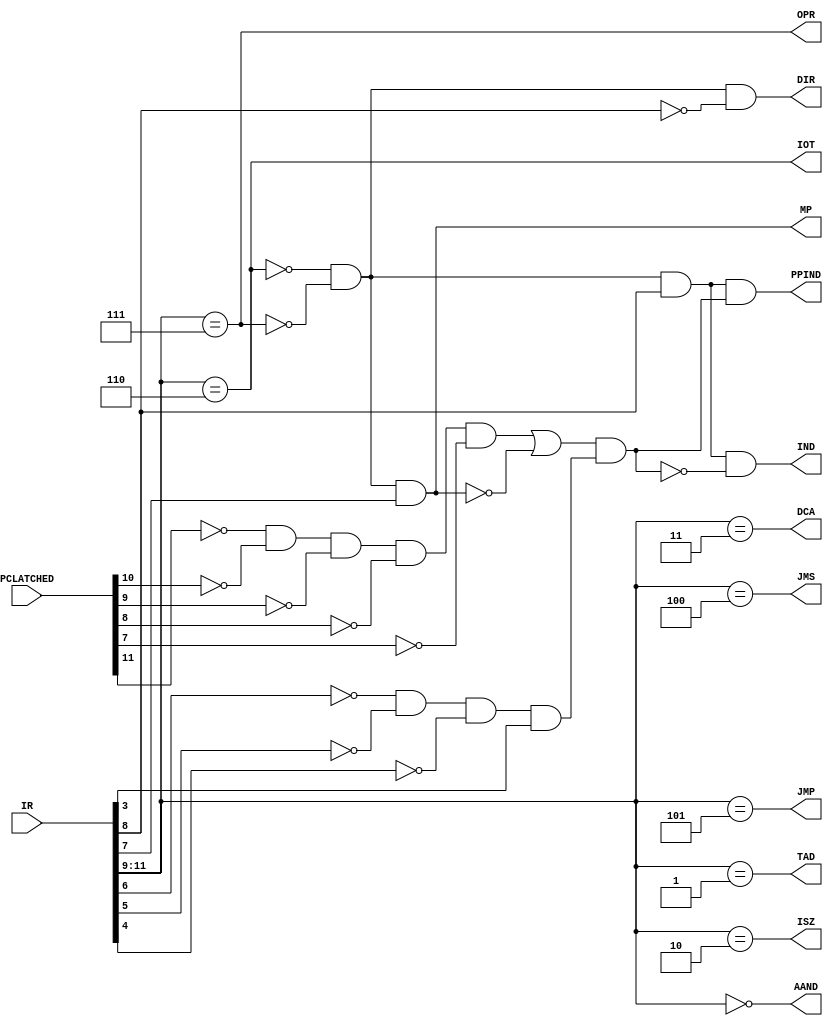
//
// IRdecode.v - for the PDP-8 in Verilog project
//
// github.com/SmallRoomLabs/PDP8-Verilog
// Mats Engstrom - mats.engstrom@gmail.com
//
// IRdecode | 2 | 0 | 0 | 12
//

`default_nettype none

module IRdecode (
  /* verilator lint_off UNUSED */
  input [11:0]PCLATCHED,
  input [11:0]IR,
  /* verilator lint_on UNUSED */
  output PPIND ,
  output IND,
  output DIR,
  output MP,
  output AAND,
  output TAD,
  output ISZ,
  output DCA,
  output JMS,
  output JMP,
  output IOT,
  output OPR
);

assign AAND  = IR[11:9]==3'd0;
assign TAD   = IR[11:9]==3'd1;
assign ISZ   = IR[11:9]==3'd2;
assign DCA   = IR[11:9]==3'd3;
assign JMS   = IR[11:9]==3'd4;
assign JMP   = IR[11:9]==3'd5;
assign IOT   = IR[11:9]==3'd6;
assign OPR   = IR[11:9]==3'd7;

//
// MSB                                                    LSB
// 11   10    9    8    7    6    5    4    3    2    1    0
// -------------  -+-  -+-  ---------------------------------
//   Operation     |    |           Seven-bit address part   
//                 |    +-- Z - Page selector
//                 +-- I - Indirect

// Page selector - If set, complete the address using the 5 high-order bits of the program counter (PC) register, 
//                 meaning that the addressed location was within the same 128 words as the instruction. If clear, 
//                 zeroes are used, so the addressed location is within the first 128 words of memory.
// Indirect      - If set, the address obtained as described so far points to a 12-bit value in memory that gives 
//                 the actual effective address for the instruction; this allows operands to be anywhere in memory 
//                 at the expense of an additional word. 
//
//
//
// Operations
//------------
// 000 - AND M
//   The contents of memory location M are logically anded with AC, bit by bit. There is no effect on the link bit. 
//   All other logical operations must be accomplished with macros.
//
// 001 - TAD M
//   The contents of memory location M are added to AC. A carry out of the high bit of AC will complement the link 
//   bit. Most other arithmetic operations must be accomplished with macros.
//
// 010 - ISZ M
//   The contents of memory location M are incremented and placed back in memory. If the result stored in memory 
//   is zero, the program counter is incremented; as a result that the next instruction will be skipped if the 
//   result is zero. AC and LINK are not modified. ISZ is frequently used to increment memory addresses; unless 
//   the address could wrap around from 7777 to 0000, ISZ is used as if it will never skip. If a wraparound is 
//   possible, it must be followed by a no-op. ISZ allows the construction of a number of fast macros for 
//   block operations.
//
// 011 - DCA M
//   The contents of the accumulator are stored in the memory location M; the accumulator is then cleared. There 
//   is no effect on the link bit. The corresponding load operation must be accomplished by a macro
//
// 100 - JMS P
//   The contents of PC (a pointer to the next instruction) is stored in memory location P as a return address, 
//   and then control is transfered to the location following P. AC and LINK remain unchanged. There is no return 
//   instruction; this is done using an indirect jump through P.
//
// 101 - JMP P
//   Control is transferred to memory location P. AC and LINK remain unchanged.
//
//
//
// Addressing Modes
//-----------------
//
// Z - The Page Select Bit
// TAD Z	ADDR
// TAD	ADDR
//
//   When the Z bit of the instruction is zero, page zero addressing mode is used. This allows addressing of memory 
//   locations 0000 through 0177 (octal) of the current memory from an instruction located anywhere in theat field. 
//   The Z qualifier may be used to indicate that page zero mode is desired, but most PDP-8 assemblers will 
//   automatically generate page zero mode if the addressed location is in page zero. When the Z bit of the instruction 
//   is one, current page addressing mode is used. This allows addressing of memory locations in the current page, 
//   as determined by the 5 most significant bits of the program counter (more accurately, the 5 most significant 
//   bits of the address of the location from which the instruction was fetched). All PDP-8 assemblers will generate 
//   current page mode when the addressed location is in the current page. Direct addressing of locations not on the 
//   current page is impossible, but some PDP-8 assemblers will automatically generate indirect references to off-page 
//   locations, storing the indirect word at the end of the current page. This usage is considered unsafe because 
//   indirection may change the memory field being referenced!
//
// I - The Indirect Bit
// TAD I	ADDR
//
//   When the I bit of the instruction is zero, direct addressing is used. This allows any word in either page zero 
//   or the current page to be referenced as an operand. When the I bit of the instruction is one, indirect addressing 
//   is used. In this mode, the word at the addressed location in page zero or the current page is used as a pointer 
//   to the intended operand. This requires one additional memory cycle for the instruction. All PDP-8 assemblers require 
//   the use of the I qualifier to indicate indirect mode. Some PDP-8 assemblers will automatically generate indirect 
//   references for those instructions that directly reference off-page locations. Indirect addressing using locations 
//   0010 through 0017 (octal) has the side effect of incrementing these locations prior to use. This is called 
//   autoindexed addressing. Indirect addressing may be used to reference operands in any memory field, depending on 
//   how the DF (data_field) register is set. By default, this is usually the current field, the same field as that 
//   from which the instruction was fetched.
//
// Autoindex Addressing
//   If indirect addressing is done through locations 0010 and 0017 (octal) of any memory field, the indirect word 
//   will be incremented prior to use. Other than this increment, auto-indexed mode is the same as indirect mode. 
//   Autoindex addressing is particularly useful for operations on blocks of consecutive words.
//


//
// 11 10  9   8  7  6   5  4  3   2  1  0
// ---------------------------------------
//  0  0  0   0  0  0   0  0  1   x  x  x   0010 - 0017
//
//  0  0  0   x  x  x   x  x  x   x  x  x   AND
//  0  0  1   x  x  x   x  x  x   x  x  x   TAD
//  0  1  0   x  x  x   x  x  x   x  x  x   ISZ
//  0  1  1   x  x  x   x  x  x   x  x  x   DCA
//  1  0  0   x  x  x   x  x  x   x  x  x   JMS
//  1  0  1   x  x  x   x  x  x   x  x  x   JMP
//  1  1  0   x  x  x   x  x  x   x  x  x   IOT
//  1  1  1   x  x  x   x  x  x   x  x  x   OPR
//
//  x  x  x   x  0  x   x  x  x   x  x  x   Access Zero Page
//  x  x  x   x  1  x   x  x  x   x  x  x   Access Current Page
//
//  x  x  x   0  x  x   x  x  x   x  x  x   Direct addressing
//  x  x  x   1  x  x   x  x  x   x  x  x   Indirect addressing
//

localparam BIT_INDEXED  = 8;  // If 0 normal addressing, if 1 indexed addressing
localparam BIT_PAGE     = 7;  // If 0 force page zero, if 1 use current page from PC[11:7]

wire isPP1 = ~PCLATCHED[11] & ~PCLATCHED[10] & ~PCLATCHED[9] & ~PCLATCHED[8] & ~PCLATCHED[7];
wire isPP2 = ~IR[6] & ~IR[5] & ~IR[4] & IR[3];
wire isPP = (isPP1 | ~MP) & isPP2;

wire normalInstruction = ~IOT & ~OPR;
assign IND   = normalInstruction &  IR[BIT_INDEXED] & ~isPP;
assign PPIND = normalInstruction &  IR[BIT_INDEXED] &  isPP;
assign DIR   = normalInstruction & ~IR[BIT_INDEXED];
assign MP    = normalInstruction &  IR[BIT_PAGE];

endmodule